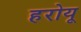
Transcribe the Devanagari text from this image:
हरोयू